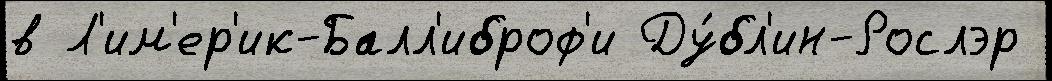
в Л'им'ер'ик-Балл'иброф'и Ду́бл'ин-Рослэр